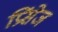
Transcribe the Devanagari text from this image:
प्रिंसेज